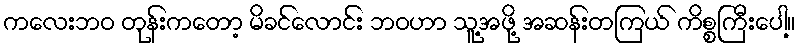
ကလေးဘဝ တုန်းကတော့ မိခင်လောင်း ဘဝဟာ သူ့အဖို့ အဆန်းတကြယ် ကိစ္စကြီးပေါ့။